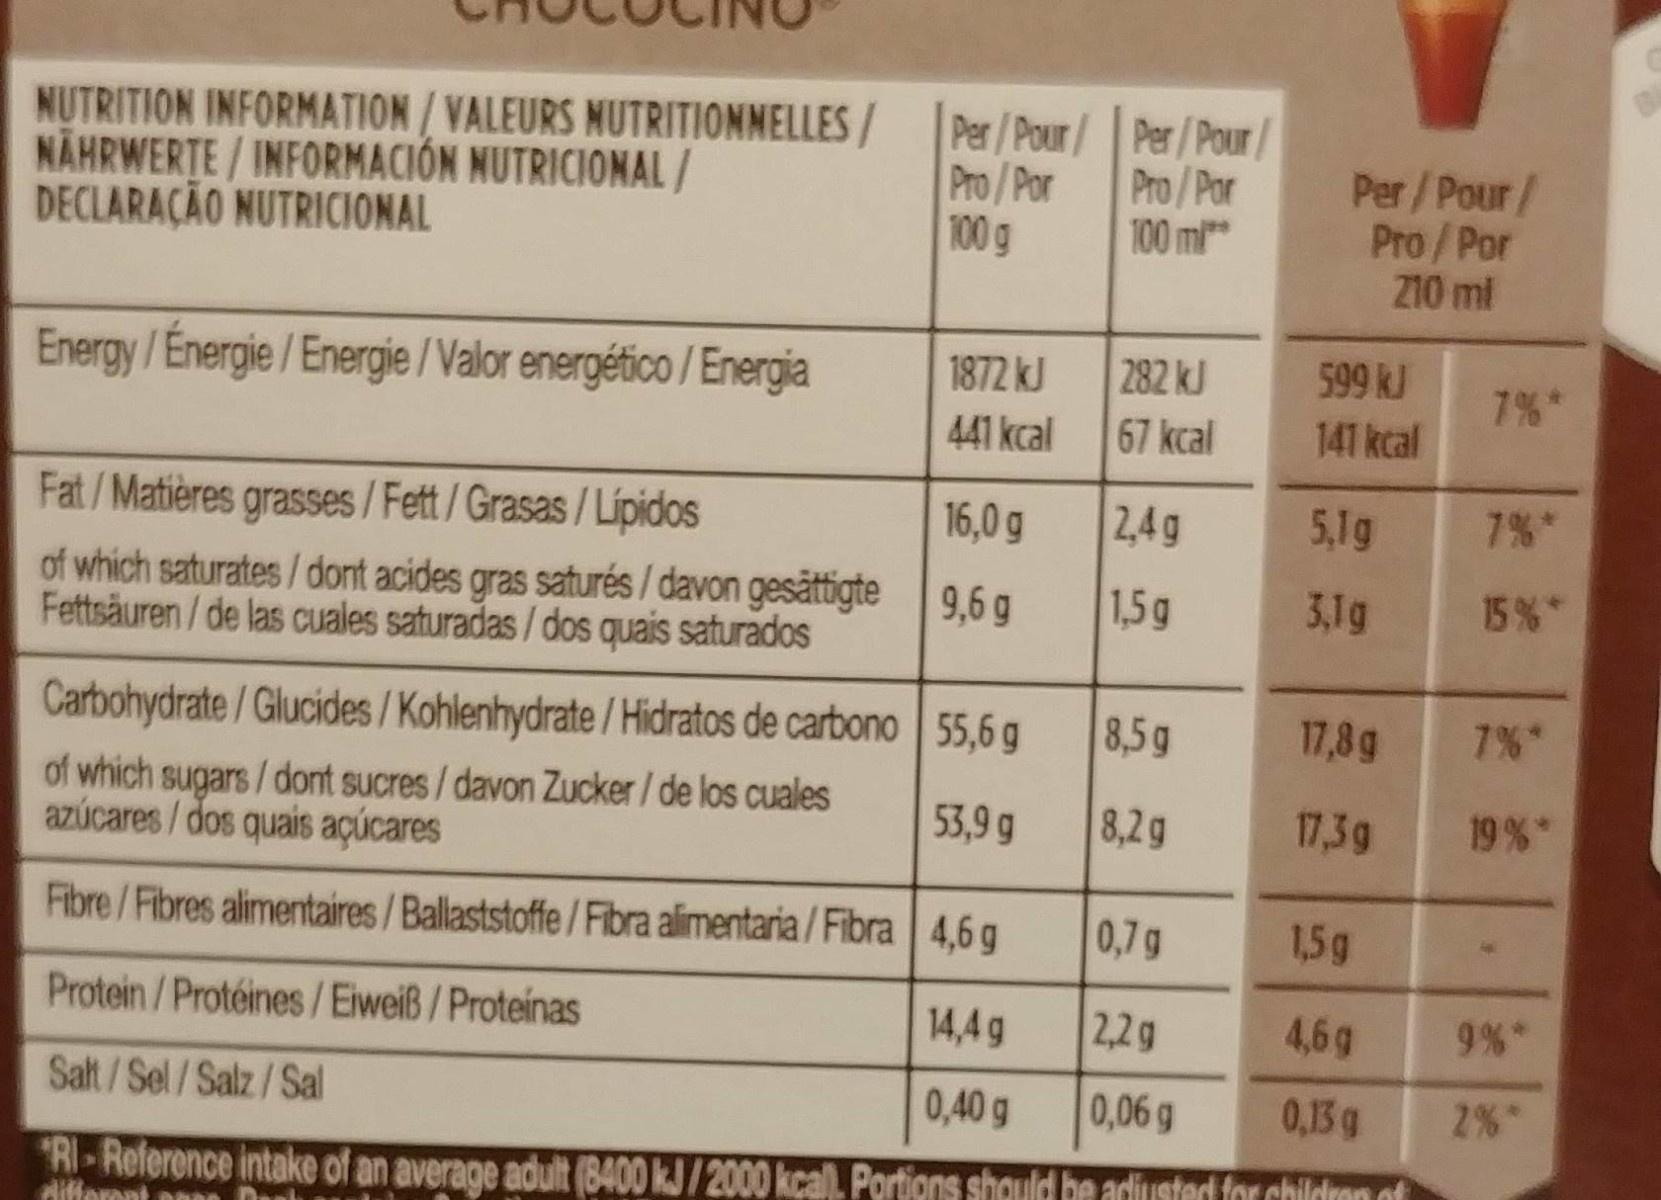
NUTRITION INFORMATION /VALEURS NUTRITIONNELLES/ NÄHRWERTE/ INFORMACIÓN NUTRICIONAL/ DECLARAÇÃO NUTRICIONAL
Energy / Énergie/Energie/Valor energético / Energia
Fat/Matières grasses/Fett / Grasas / Lípidos
of which saturates/dont acides gras saturés/ davon gesättigte Fettsäuren/de las cuales saturadas/dos quais saturados
Per/Pour/Per/Pour/
Pro/Por
100 m
Pro/Por
100 g
Doan
1872 kJ
441 kcal
16,0 g
9,6 g
Carbohydrate/Glucides/Kohlenhydrate/ Hidratos de carbono
of which sugars/ dont sucres / davon Zucker / de los cuales azúcares/dos quais açúcares
Fibre/Fibres alimentaires/Ballaststoffe/Fibra alimentaria/Fibra 4,6 g
Protein/Protéines / Eiweiß / Proteínas
Salt/Sel/Salz/Sal
55,6 g
53,9 g
282 kJ
67 kcal
2,4g
1,5 g
8,5 g
8,2 g
Per / Pour /
Pro/Por
210 ml
599 kJ
141 kcal
5,1g
3,1g
17,8 g
17,3 g
0,7 g
1,5g
14,4 g
2,2 g
4,6g
0,40 g
0,06 g
0,13 g
RI-Reference intake of an average adult (8400 kJ/2000 kcall. Portions should be adjusted for children of
differ
7%*
7%*
15%*
7%*
19%*
*
9%*
2%*